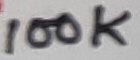
Text: 100K